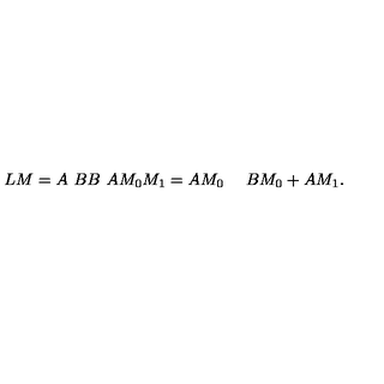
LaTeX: L M = { \binom { A \ B } { B \ A } } { \binom { M _ { 0 } } { M _ { 1 } } } = { \binom { A M _ { 0 } \ \quad } { B M _ { 0 } + A M _ { 1 } } } .